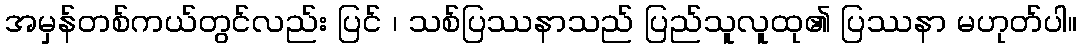
အမှန်တစ်ကယ်တွင်လည်း ပြင် ၊ သစ်ပြဿနာသည် ပြည်သူလူထု၏ ပြဿနာ မဟုတ်ပါ။